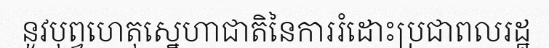
នូវបុព្វហេតុស្នេហាជាតិនៃការរំដោះប្រជាពលរដ្ឋ